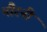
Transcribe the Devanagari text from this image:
मौरनी